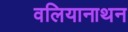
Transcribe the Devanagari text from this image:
वलियानाथन